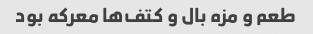
طعم و مزه بال و کتف‌ها معرکه بود